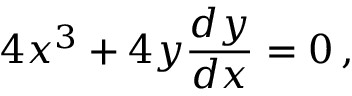
4 x ^ { 3 } + 4 y { \frac { d y } { d x } } = 0 \, ,